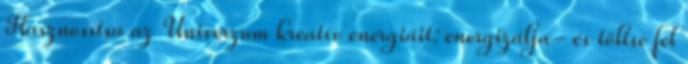
Hasznosítsa az Univerzum kreatív energiáit: energizálja- és töltse fel